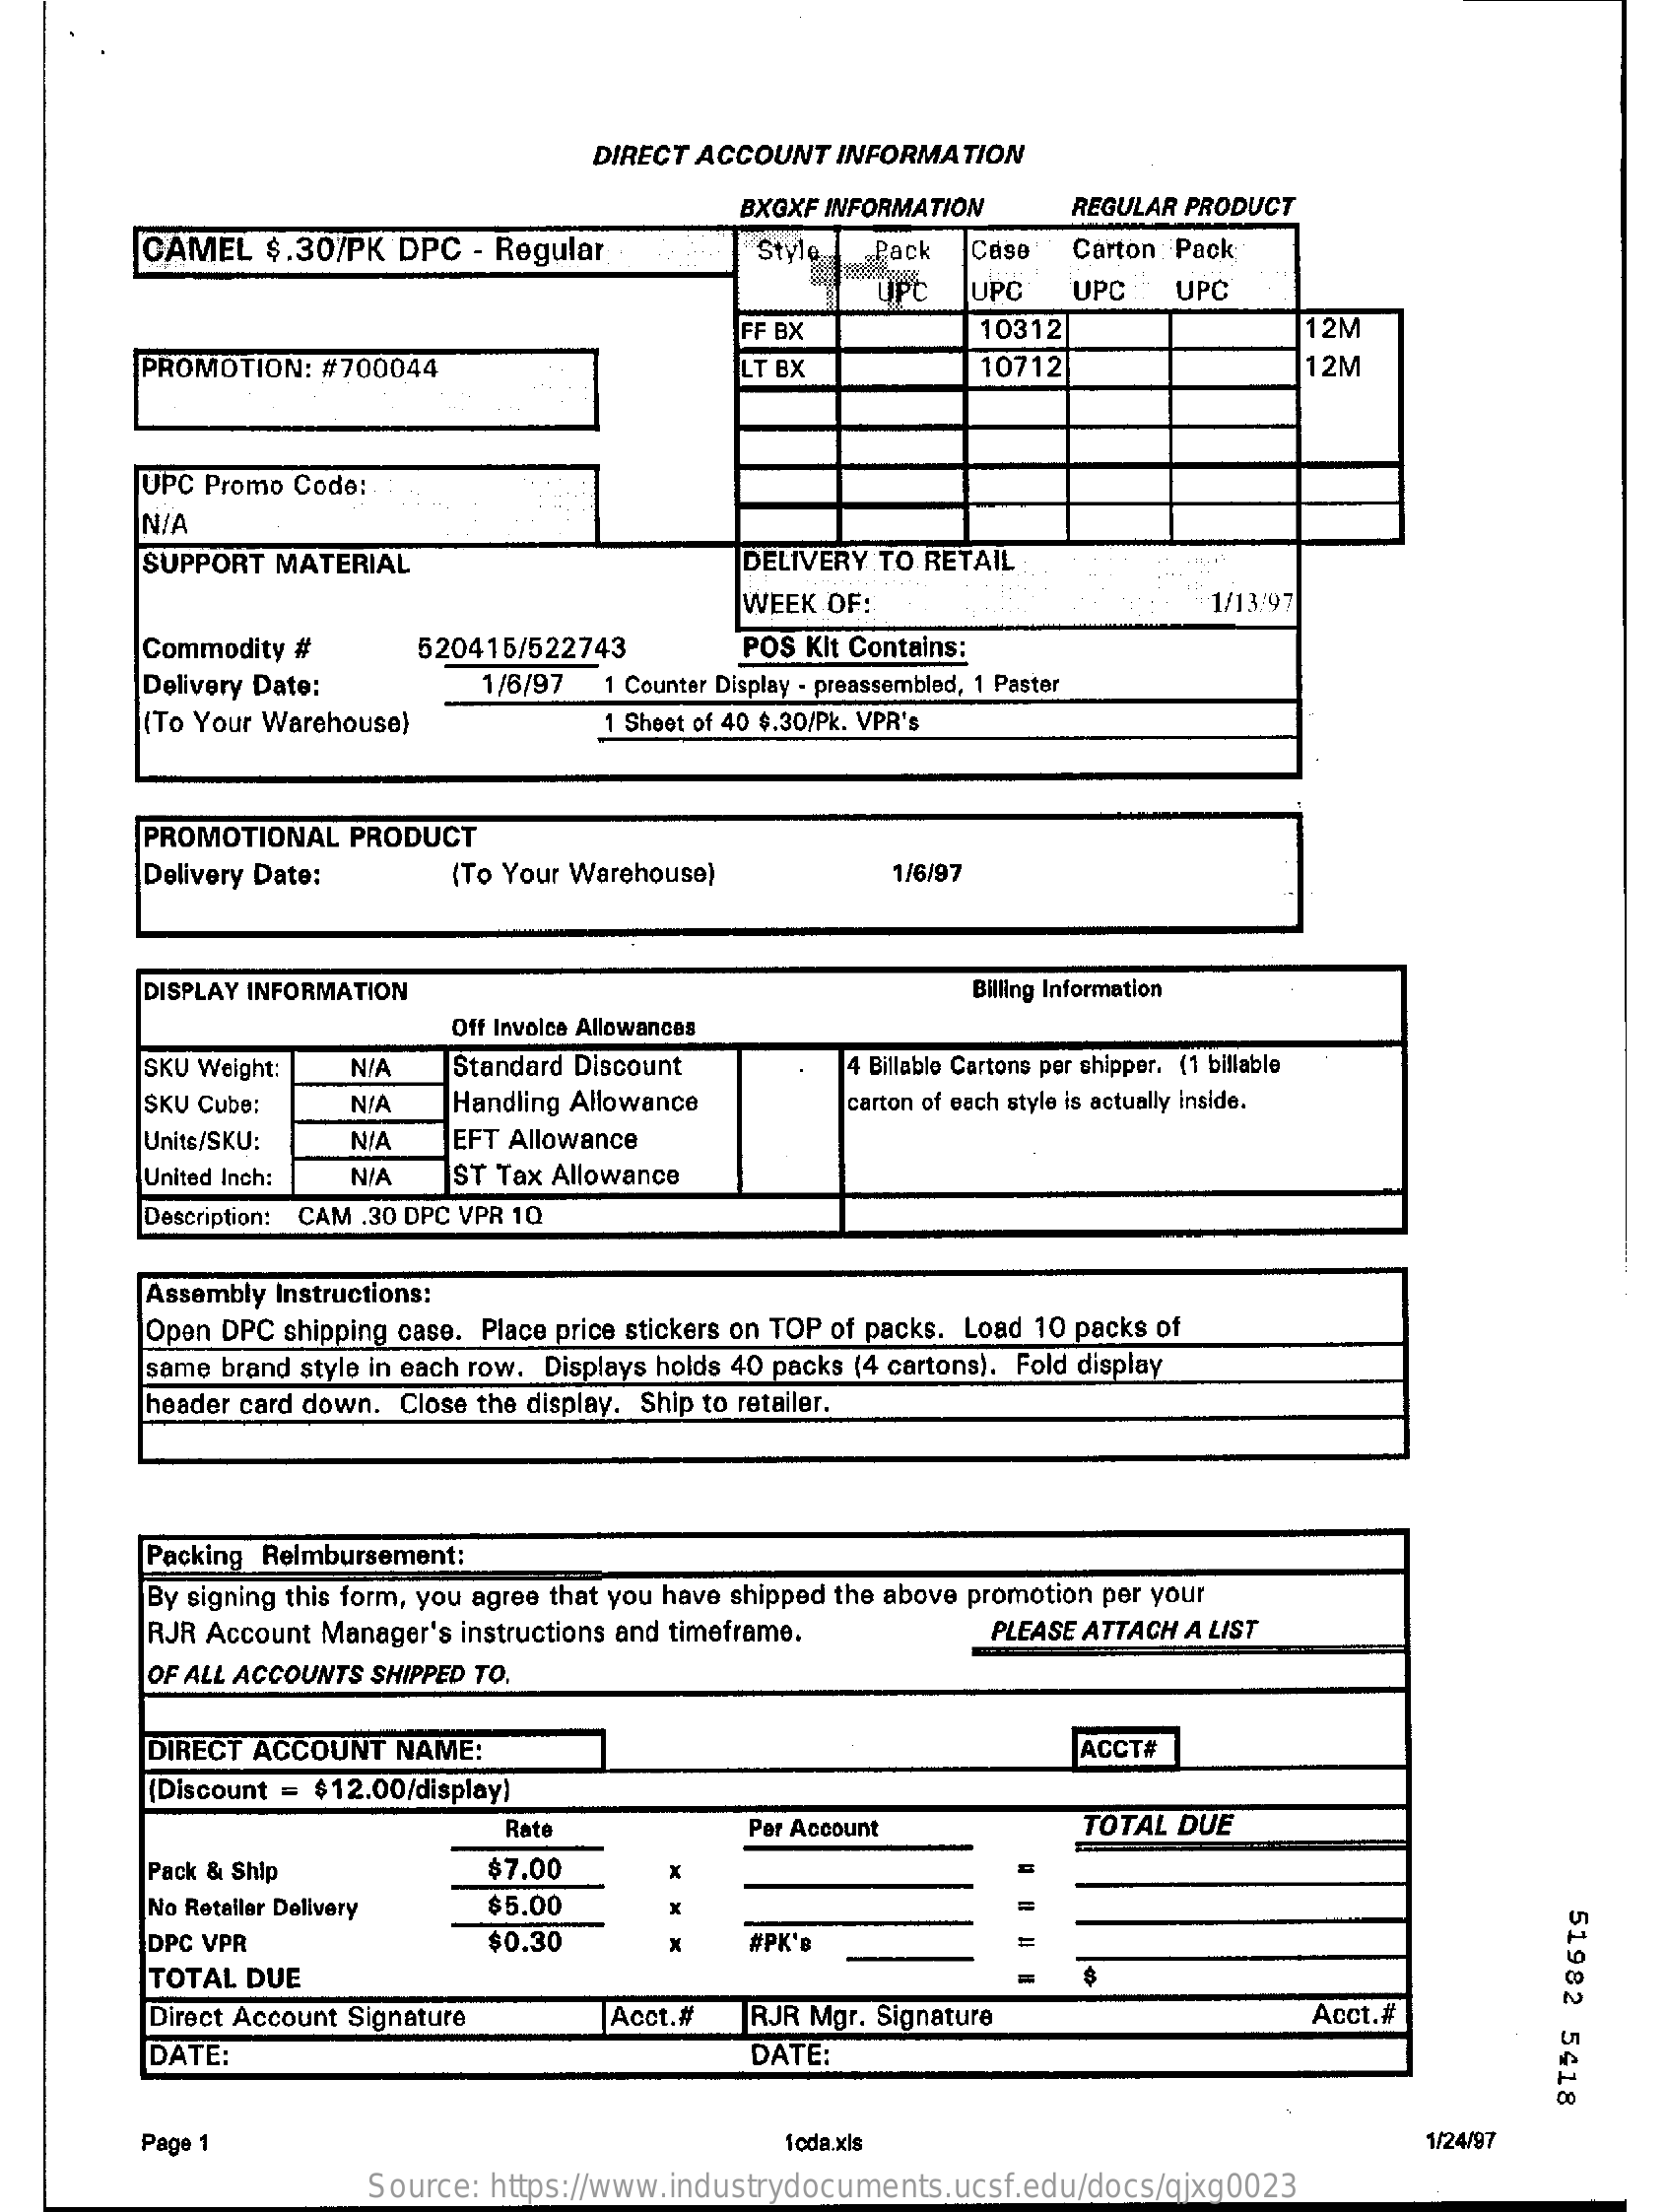
DIRECT ACCOUNT  INFORMATION
     BXQXF INFORMATION    REGULAR PRODUCT
     CAMEL   $.30/PK DPC  - Regular    Style  Pack   Case  Carton Pack
     UPC    UPC   UPC   UPC
     FF BX    10312    12M
     PROMOTION:  #700044    LT BX    10712    12M
     UPC Promo Code:
     N/A
     SUPPORT  MATERIAL    DELIVERY TO RETAIL
     WEEK OF:    1/13:97
     Commodity #    520415/522743    POS Kit Contains:
     Delivery Date:    1/6/97  1 Counter Display - preassembled, 1 Paster
     (To Your Warehouse)    1 Sheet of 40 $.30/Pk. VPR's
     PROMOTIONAL  PRODUCT
     Delivery Date:    (To Your Warehouse)    1/6/97
     DISPLAY INFORMATION    Billing Information
     Off Invoice Allowances
     SKU Weight:  N/A   Standard Discount    4 Billable Cartons per shipper. (1 billable
     SKU Cube:    N/A   Handling Allowance    carton of each style is actually inside.
     Units/SKU:    N/A   EFT Allowance
     United Inch:  N/A   ST Tax Allowance
     Description: CAM .30 DPC VPR 1Q
     Assembly Instructions:
     Open DPC shipping case. Place price stickers on TOP of packs. Load 10 packs of
     same brand style in each row. Displays holds 40 packs (4 cartons). Fold display
     header card down. Close the display. Ship to retailer.
     Packing Reimbursement:
     By signing this form, you agree that you have shipped the above promotion per your
     RJR Account Manager's instructions and timeframe.    PLEASE ATTACH A LIST
     OF ALL ACCOUNTS SHIPPED TO,
     DIRECT ACCOUNT NAME:    ACCT#
     [Discount = $12.00/display)
     Rate    Per Account    TOTAL DUE
     Pack & Ship    $7.00
     No Retailer Delivery  $5.00
     51982
     5418
     DPC VPR    $0.30    #PK'B
     TOTAL DUE
     Direct Account Signature    Acct.#   RJR Mgr. Signature    Acct.#
     DATE:    DATE:
     Page 1    1cda.xls    1/24/97
     Source: https://www.industrydocuments.ucsf.edu/docs/qjxg0023